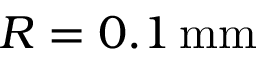
R = 0 . 1 \, \mathrm { m m }